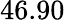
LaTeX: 46.90